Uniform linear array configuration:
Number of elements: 8
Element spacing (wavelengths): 0.5
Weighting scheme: hamming
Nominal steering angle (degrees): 30
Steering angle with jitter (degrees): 31.833
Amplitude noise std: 0.05
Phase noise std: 0.05

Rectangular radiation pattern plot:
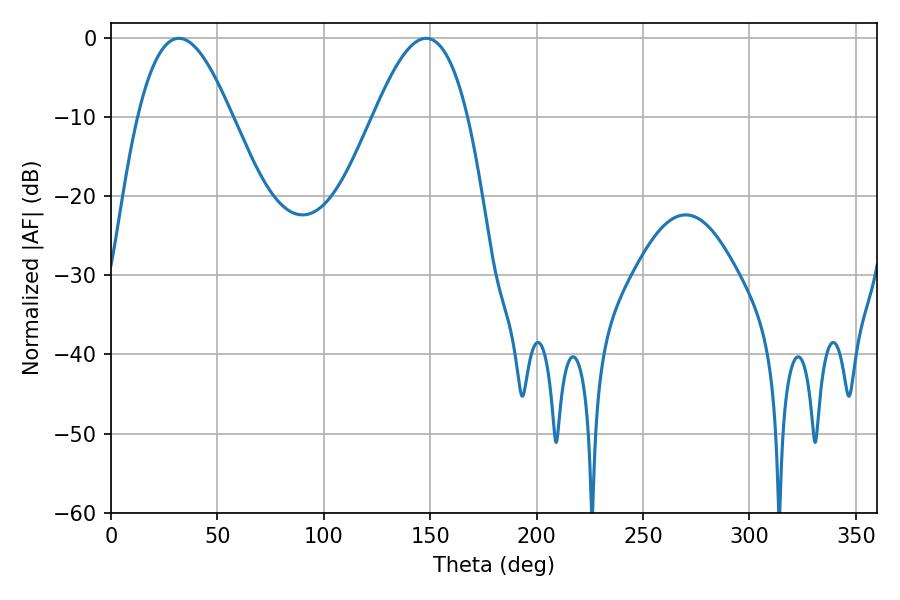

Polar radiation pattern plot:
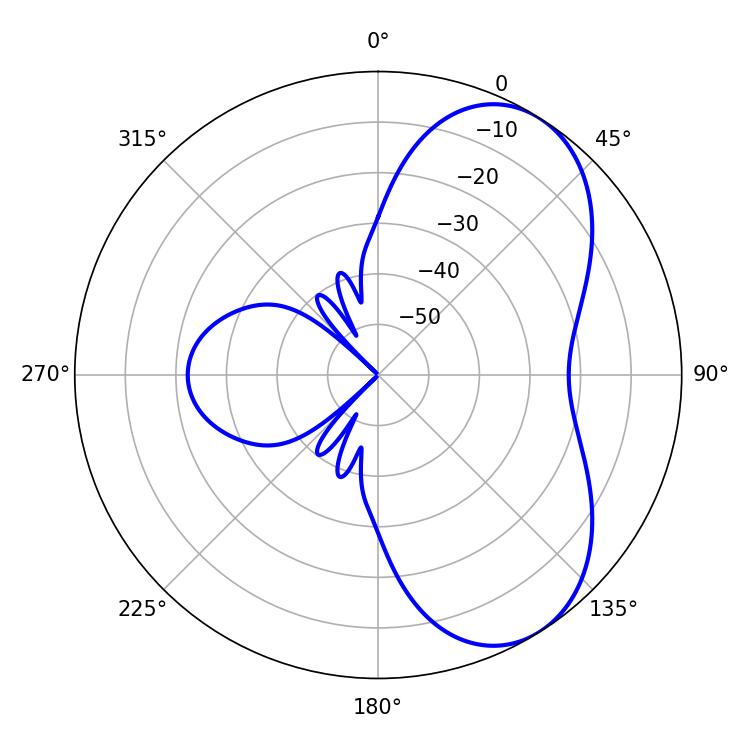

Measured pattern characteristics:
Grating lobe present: FALSE
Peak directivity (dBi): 6.013
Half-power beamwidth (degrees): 24.12
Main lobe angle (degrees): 31.86